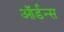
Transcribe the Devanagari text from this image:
ऑर्डन्स